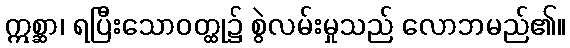
ဣစ္ဆာ၊ ရပြီးသောဝတ္ထု၌ စွဲလမ်းမှုသည် လောဘမည်၏။